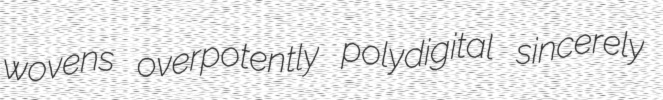
wovens overpotently polydigital sincerely